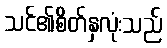
သင်၏စိတ်နှလုံးသည်